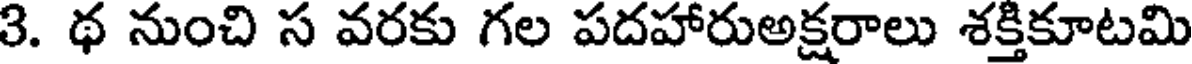
3. థ నుంచి స వరకు గల పదహారుఅక్షరాలు శక్తికూటమి